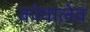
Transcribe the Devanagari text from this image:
कोवालेव